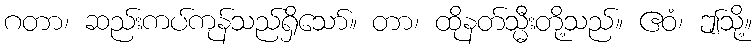
ဂတာ၊ ဆည်းကပ်ကုန်သည်ရှိသော်။ တာ၊ ထိုနတ်သ္မီးတို့သည်။ ဧဝံ၊ ဤသို့။